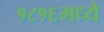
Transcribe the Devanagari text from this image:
१८१६मध्ये